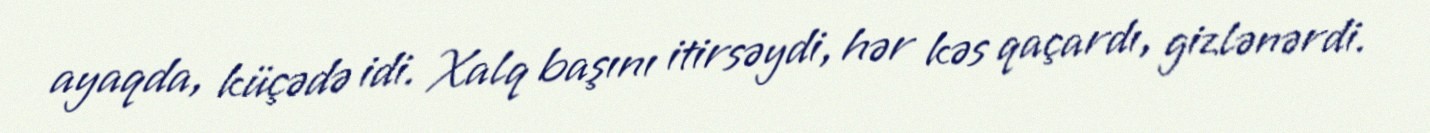
ayaqda, küçədə idi. Xalq başını itirsəydi, hər kəs qaçardı, gizlənərdi.